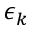
\epsilon _ { k }